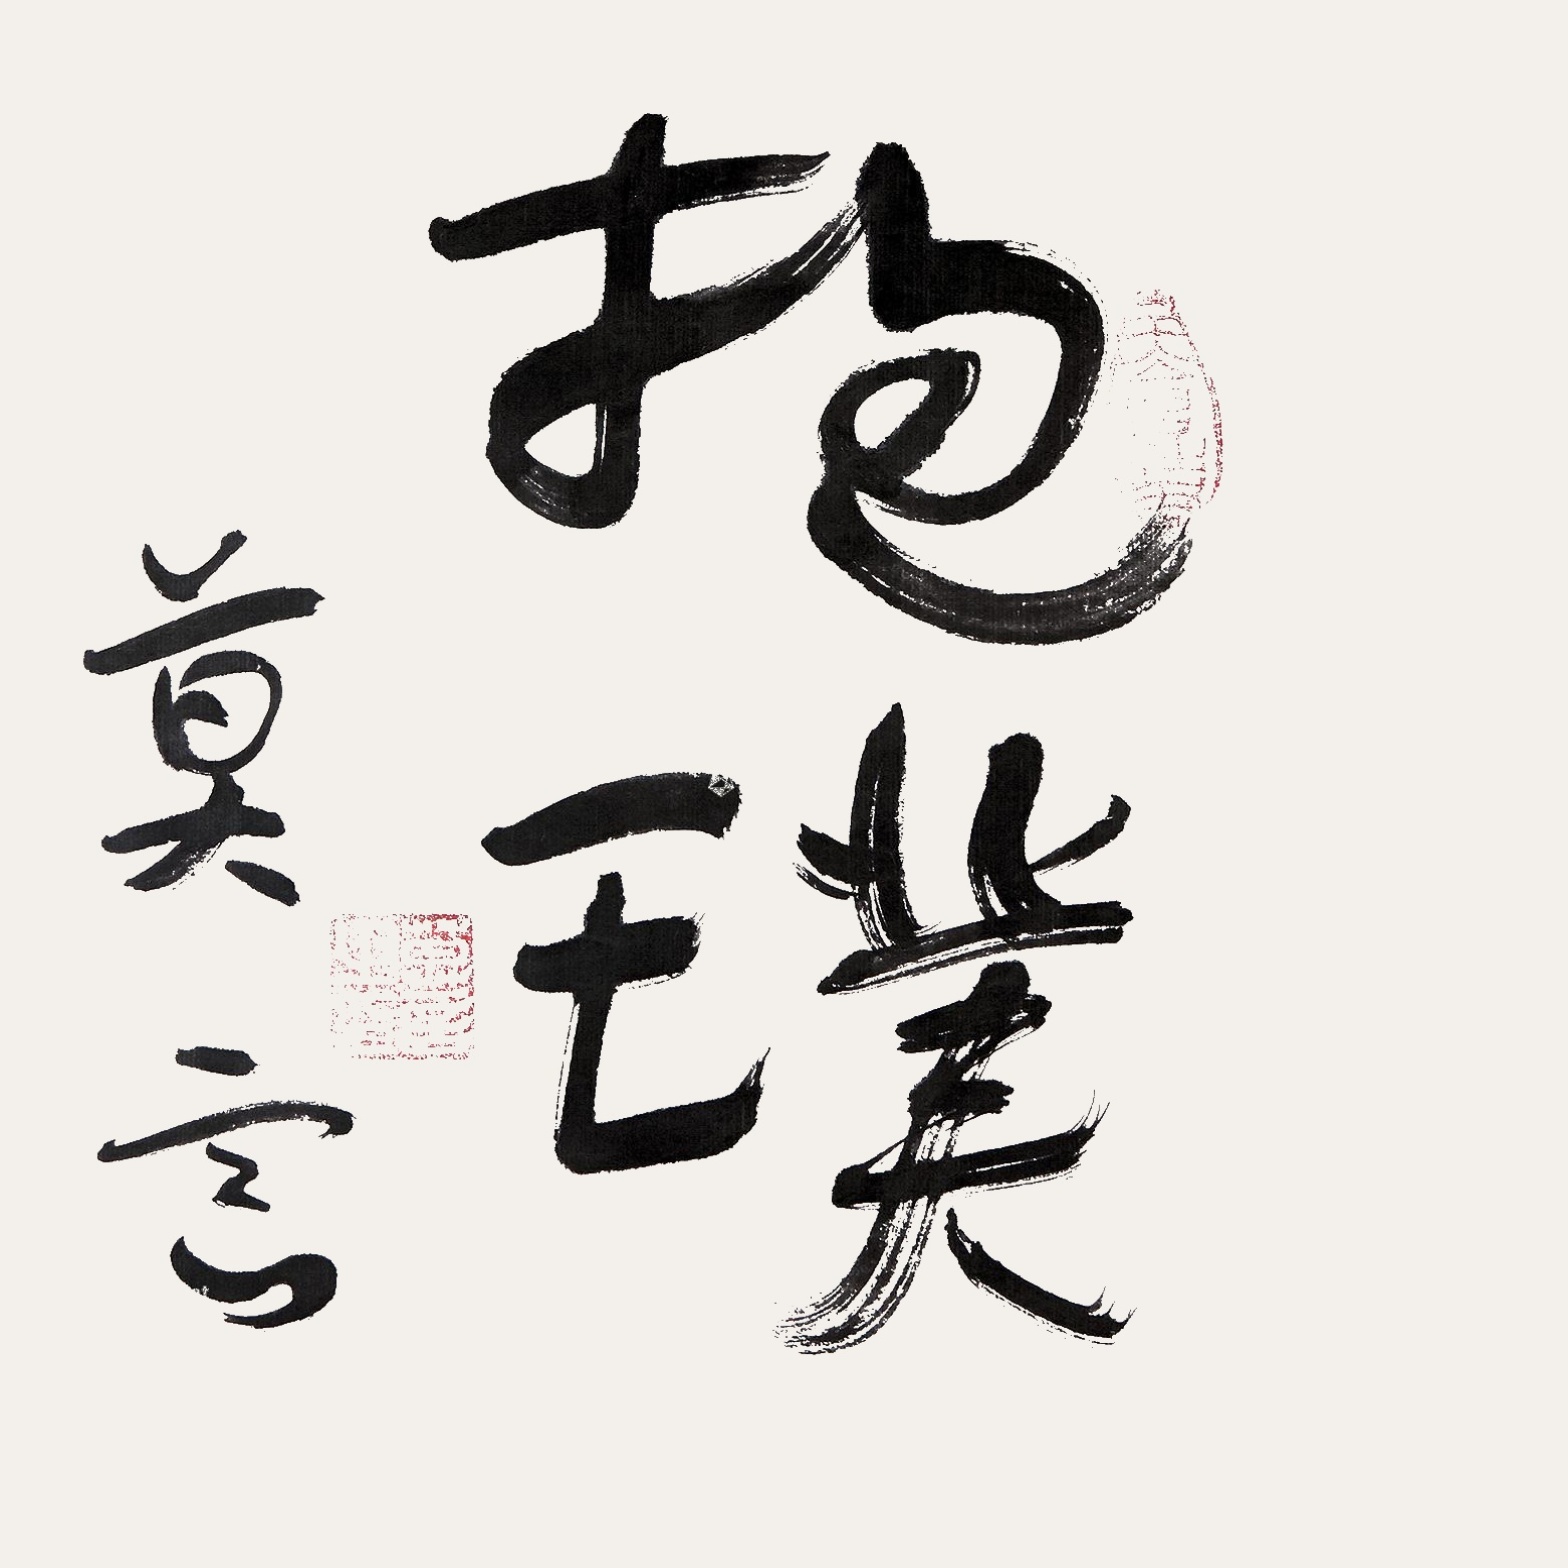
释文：抱璞。莫言。